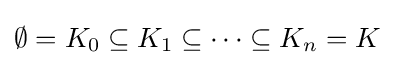
\emptyset =K_{0}\subseteq K_{1}\subseteq \cdots \subseteq K_{n}=K